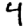
Digit: 4